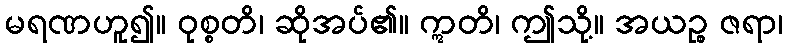
မရဏဟူ၍။ ဝုစ္စတိ၊ ဆိုအပ်၏။ ဣတိ၊ ဤသို့။ အယဉ္စ ဇရာ၊